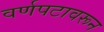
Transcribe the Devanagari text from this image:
वर्णपटावरून